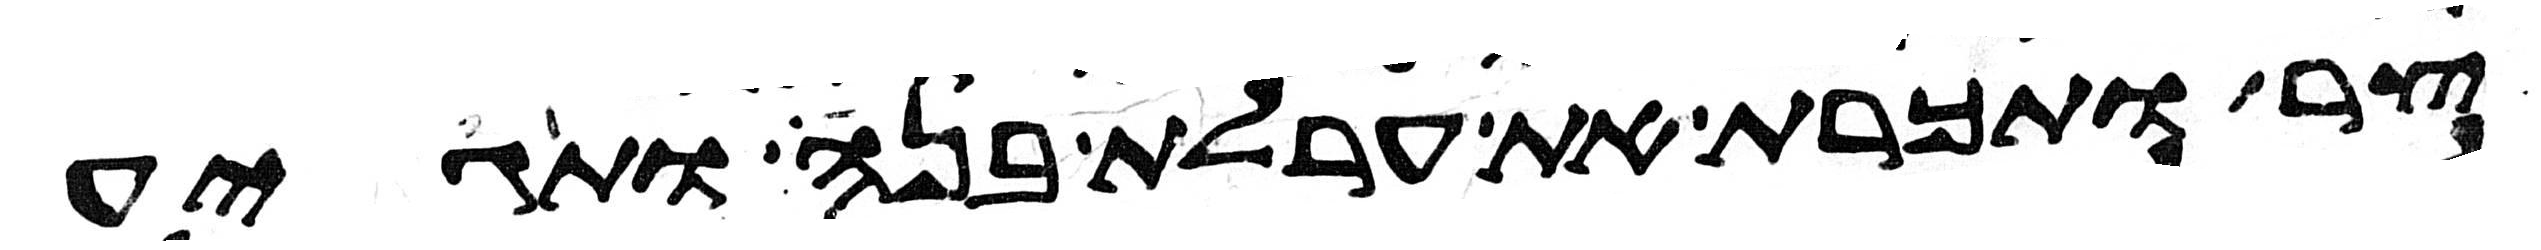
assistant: צר ותכרת את ערלת בנה ותגיע